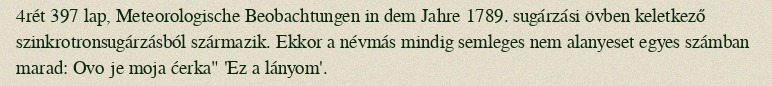
4rét 397 lap, Meteorologische Beobachtungen in dem Jahre 1789. sugárzási övben keletkező szinkrotronsugárzásból származik. Ekkor a névmás mindig semleges nem alanyeset egyes számban marad: Ovo je moja ćerka" 'Ez a lányom'.